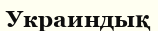
Украиндық